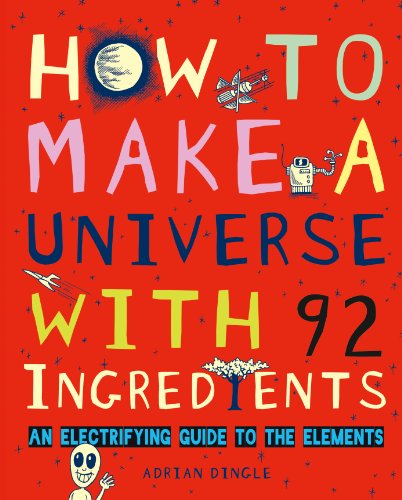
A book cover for How to Make a Universe with 92 Ingredients: An Electrifying Guide to the Elements; Adrian Dingle; Children's Books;